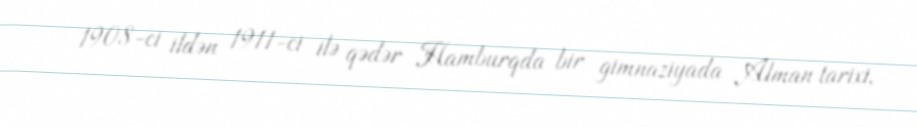
1908-ci ildən 1911-ci ilə qədər Hamburqda bir gimnaziyada Alman tarixi,